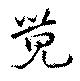
覚